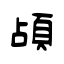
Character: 頕